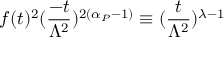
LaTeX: f ( t ) ^ { 2 } ( \frac { - t } { \Lambda ^ { 2 } } ) ^ { 2 ( \alpha _ { { \cal P } } - 1 ) } \equiv ( \frac { t } { \Lambda ^ { 2 } } ) ^ { \lambda - 1 }